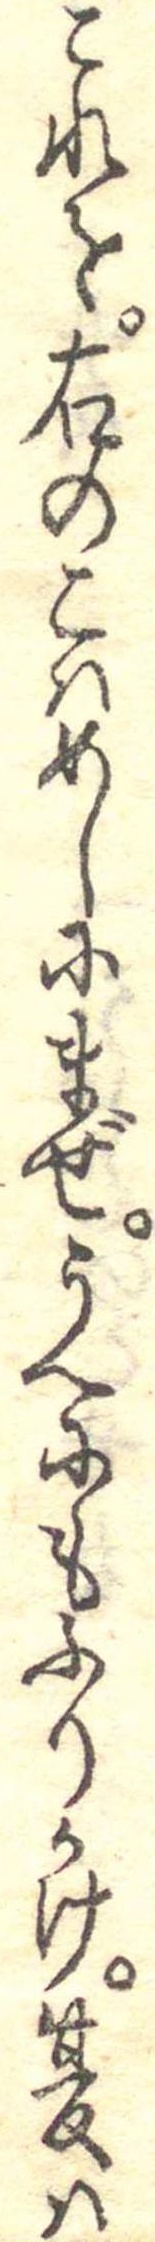
これを右のこはめしにまぜうへにもふりかけ夏は